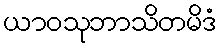
ယာဝသုဘာသိတမိဒံ